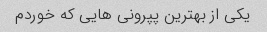
یکی از بهترین پپرونی هایی که خوردم